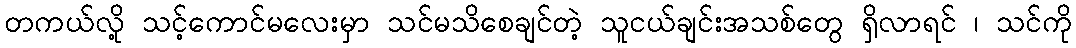
တကယ်လို့ သင့်ကောင်မလေးမှာ သင်မသိစေချင်တဲ့ သူငယ်ချင်းအသစ်တွေ ရှိလာရင် ၊ သင်ကို